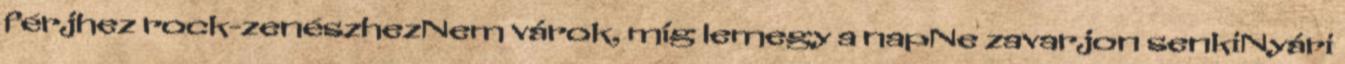
férjhez rock-zenészhezNem várok, míg lemegy a napNe zavarjon senkiNyári